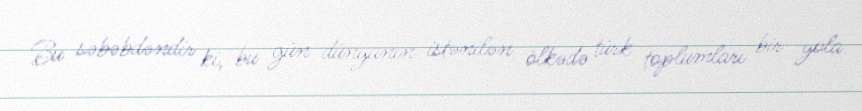
Bu səbəbdəndir ki, bu gün dünyanın istənilən ölkədə türk toplumları bir yola